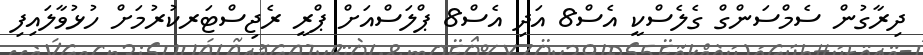
ދިރާގުން ސެމްސަންގް ގެލެސްކީ އެސް8 އަދި އެސް8 ޕްލަސްއަށް ޕްރީ ރެޖިސްޓަރކުރުމަށް ހުޅުވާލައިފި